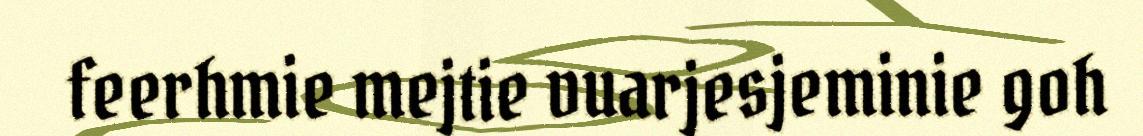
feerhmie mejtie vuarjesjeminie goh